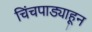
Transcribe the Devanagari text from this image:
चिंचपाड्याहून